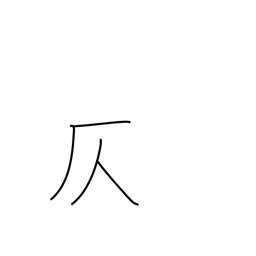
Meaning: suggest